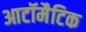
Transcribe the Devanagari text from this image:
आटॉमैटिक